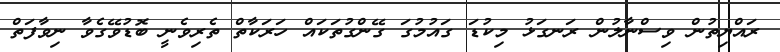
ރައްޔިތުން ވިސްނާލުން ރަނގަޅު މިކުޑަ ގައުމުގަ ގޭންގުތަކައް ހަރަކާތް ތެރިވެނީ ބޮޑުވޭގެވާ ނިވާފަތް